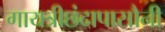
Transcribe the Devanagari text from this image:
गायत्रीछंदापासौनी